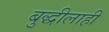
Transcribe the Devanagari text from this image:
बुद्धीलाही